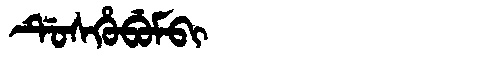
Manchu: ᡩᡠᠰᡥᡠᠪᡠᠮᠪᡳ
Romanization: DUSHUBUMBI